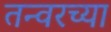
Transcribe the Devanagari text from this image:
तन्वरच्या